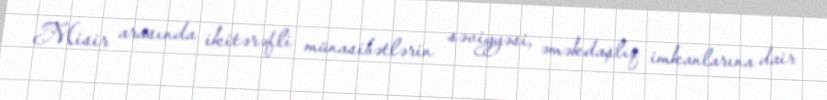
Misir arasında ikitərəfli münasibətlərin səviyyəsi, əməkdaşlıq imkanlarına dair